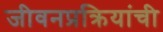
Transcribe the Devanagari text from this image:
जीवनप्रक्रियांची